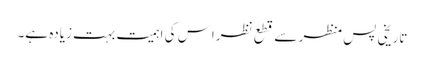
تاریخی پس ِمنظر سے قطع نظراِس کی اہمیت بہت زیادہ ہے۔